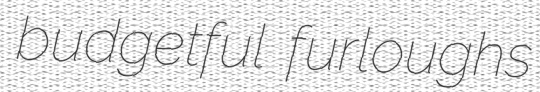
budgetful furloughs